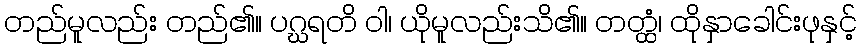
တည်မူလည်း တည်၏။ ပဂ္ဃရတိ ဝါ၊ ယိုမူလည်းသိ၏။ တတ္ထံ၊ ထိုနှာခေါင်းဖုနှင့်